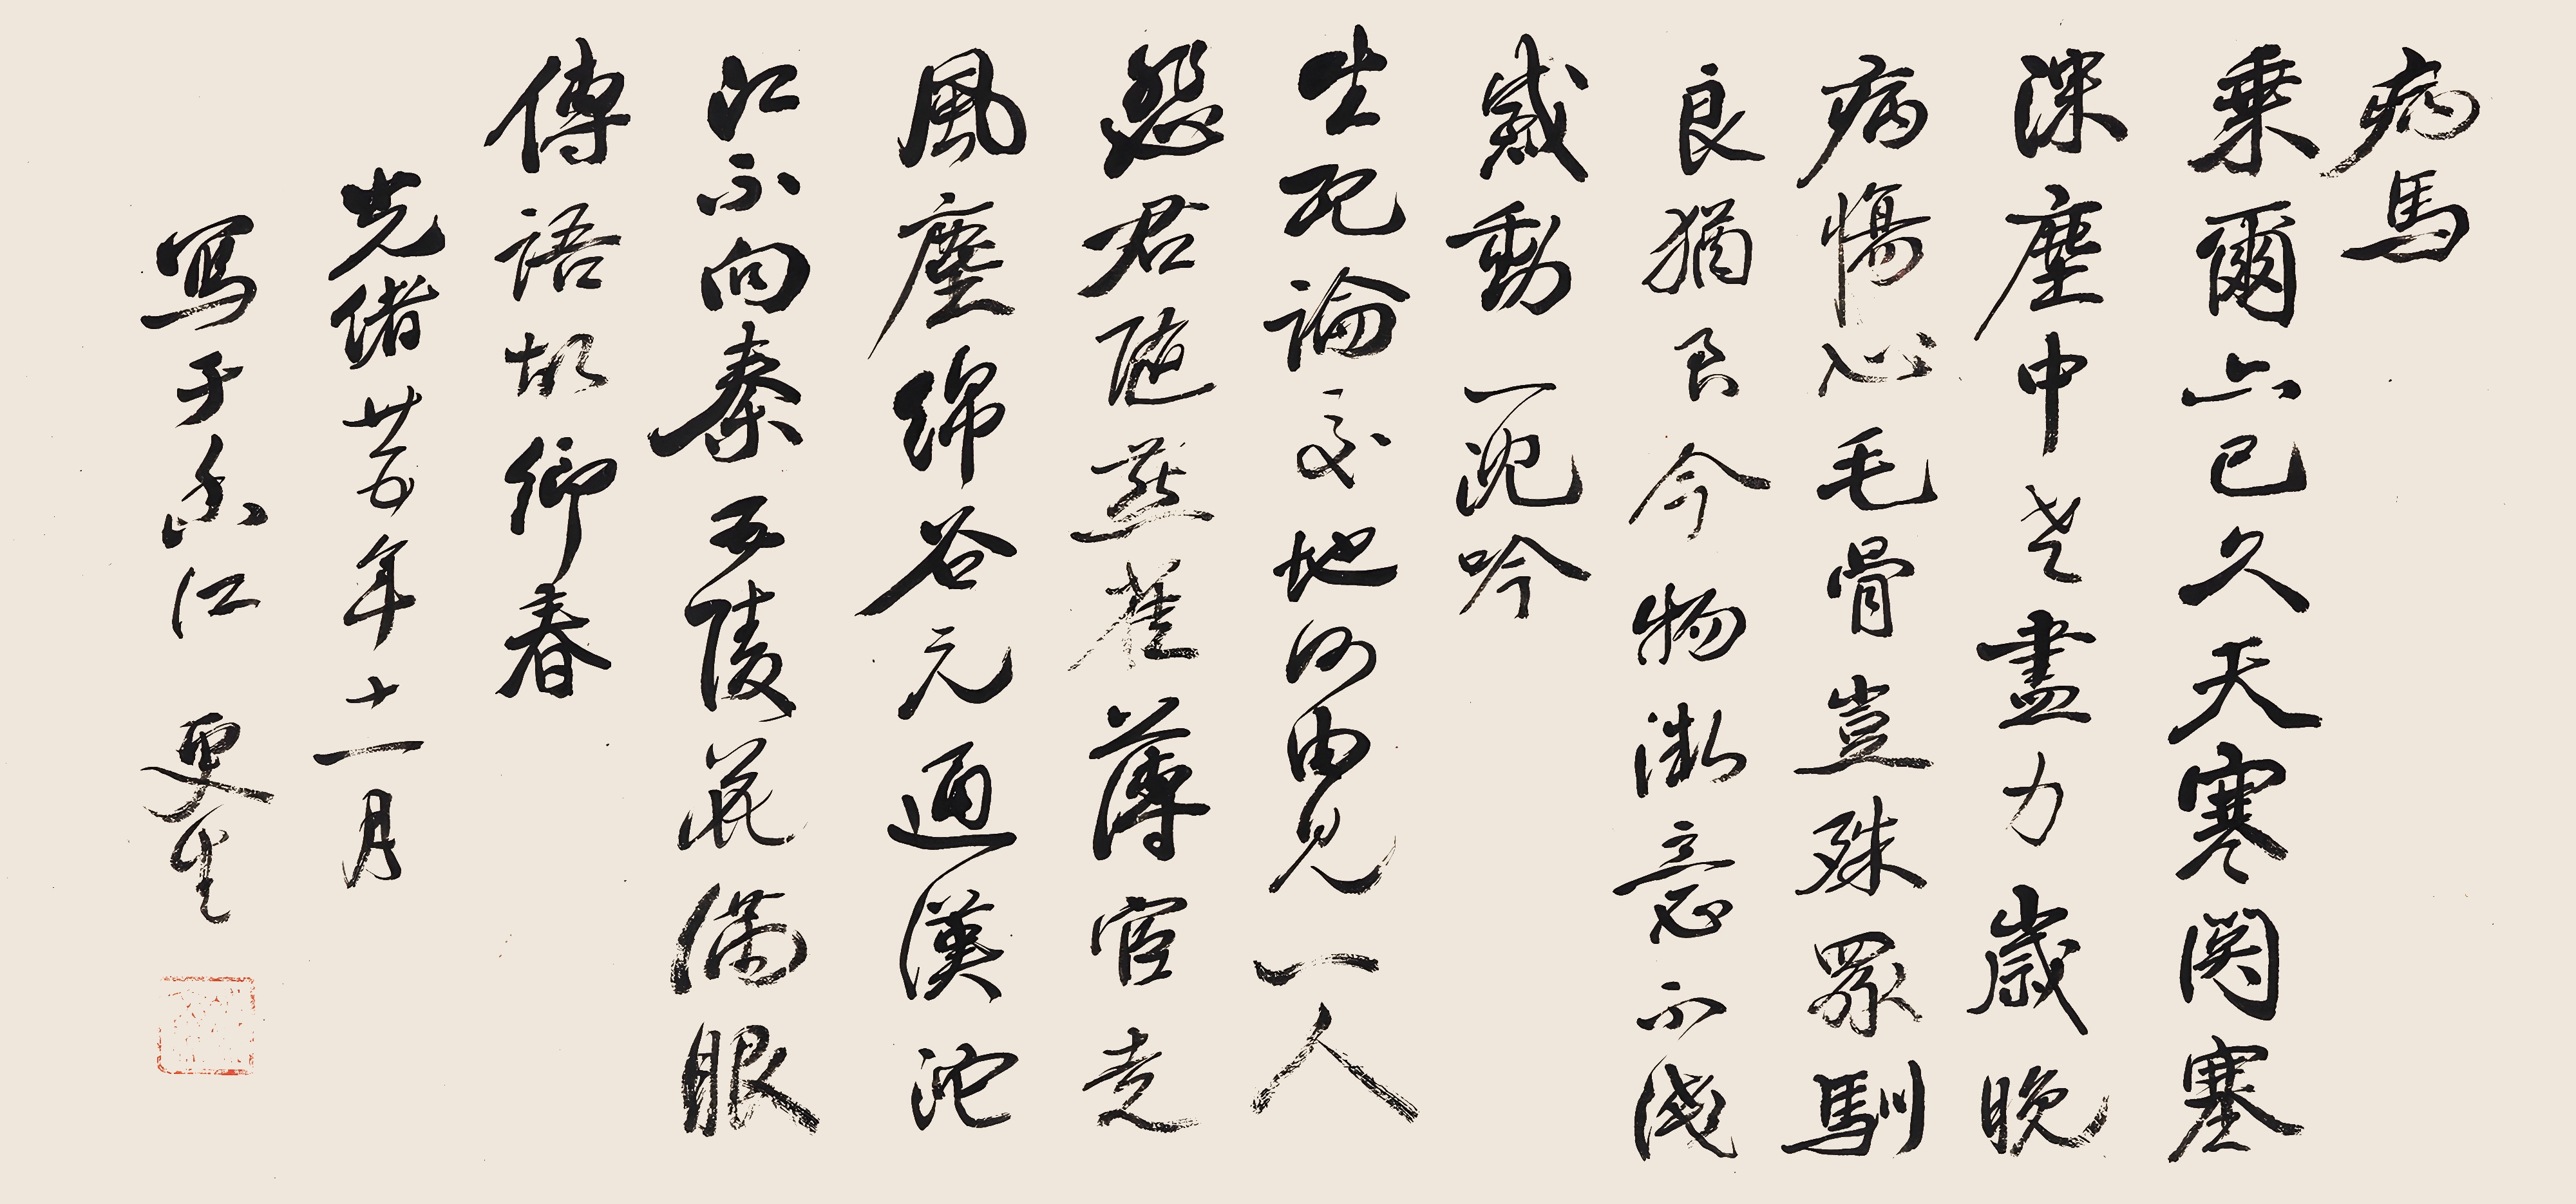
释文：病马。乘尔亦已久，天寒关塞深。尘中老尽力，岁晚病伤心。毛骨岂殊众，驯良犹到今。物微意不浅，感动一沉吟。生死论交地,何由见一人。悲君随燕雀，薄宦走风尘。绵谷元通汉，沱江不向秦。五陵花满眼，传语故乡春。光绪廿五年十一月写于香江，更生。